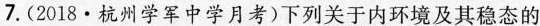
7.(2018·杭州学军中学月考)下列关于内环境及其稳态的